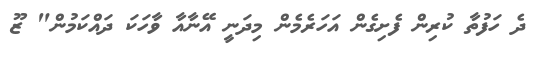
ދެ ހަފުތާ ކުރިން ފެށިގެން އަހަރެމެން މިދަނީ އޭނާއާ ވާހަކަ ދައްކަމުން" ޒޫ